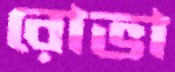
রোভা